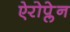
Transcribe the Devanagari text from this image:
ऐरोप्लेन